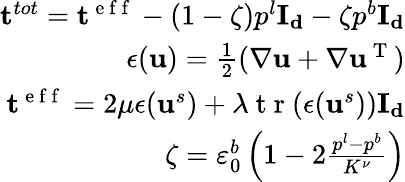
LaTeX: \begin{array}{r}{\mathbf{t}^{tot}=\mathbf{t}^{\mathrm{~e~f~f~}}-(1-\zeta)p^{l}\mathbf{I_{d}}-\zeta p^{b}\mathbf{I_{d}}}\\ {\mathbf{\epsilon}(\mathbf{u})=\frac{1}{2}(\nabla\mathbf{u}+\nabla\mathbf{u}^{\mathrm{~T~}})}\\ {\mathbf{t}^{\mathrm{~e~f~f~}}=2\mu\mathbf{\epsilon}(\mathbf{u}^{s})+\lambda\mathrm{~t~r~}(\mathbf{\epsilon}(\mathbf{u}^{s}))\mathbf{I_{d}}}\\ {\zeta=\varepsilon_{0}^{b}\left(1-2\frac{p^{l}-p^{b}}{K^{\nu}}\right)}\end{array}